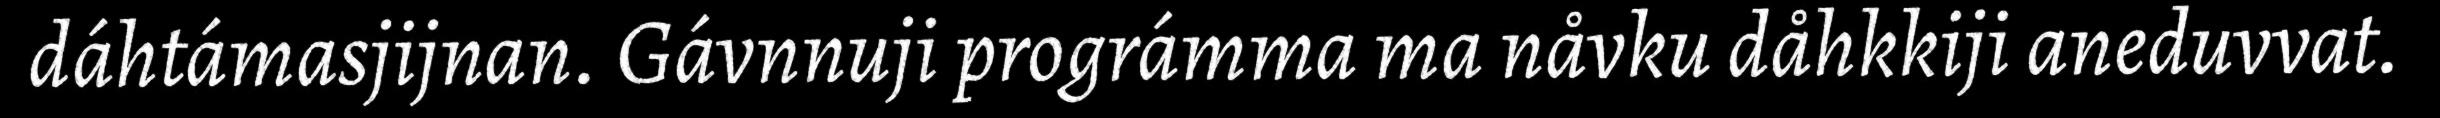
dáhtámasjijnan. Gávnnuji prográmma ma nåvku dåhkkiji aneduvvat.